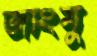
জাংমু